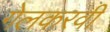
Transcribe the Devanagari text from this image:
गेलकरवी